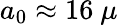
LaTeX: a_{0}\approx 16~\mu